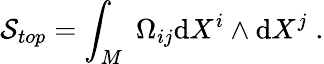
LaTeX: \mathcal{S}_{top}=\int_{M}\; \Omega_{ij}\mathrm{d}X^{i}\wedge\mathrm{d}X^{j}\; .